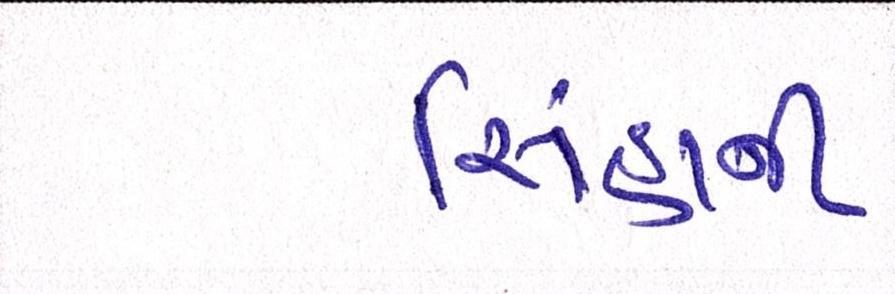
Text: સિંહાની